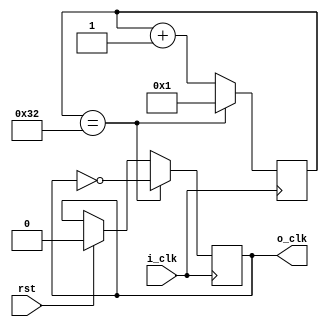
`timescale 1ns / 1ps
//////////////////////////////////////////////////////////////////////////////////
// Company: 
// Engineer: 
// 
// Design Name: 
// Module Name: clock_counter
// Project Name: 
// Target Devices: 
// Tool Versions: 
// Description: 
// 
// Dependencies: 
// 
// Revision:
// Revision 0.01 - File Created
// Additional Comments:
// 
//////////////////////////////////////////////////////////////////////////////////

module clock_counter
    #(
    parameter from = 100, // 100Hz
    parameter to = 1,      // 1Hz
    parameter reverse_clk = 0  //if reverse_clk = 1, then reverse the o_clk
    )(
    input i_clk, rst,
    output wire o_clk
    );
    
    localparam integer countnum = from / to / 2;
    
    reg [31:0] cnt = 1;
    
    reg clk_out = 0;
    
    if (reverse_clk == 0)
        assign o_clk = clk_out;
    else
        assign o_clk = ~clk_out;
    
    always @(posedge i_clk) begin
        if (rst == 1) begin
            cnt <= 1;
            clk_out <= 0;
            end
        
        if (cnt == countnum) begin
            clk_out <= ~clk_out;
            cnt <= 1;
            end
        else
            cnt <= cnt + 1;
    end
endmodule


//module clock_counter
//    #(
//    parameter from = 100, // 100Hz
//    parameter to = 1,      // 1Hz
//    parameter reverse_clk = 0  //if reverse_clk = 1, then reverse the o_clk
//    )(
//    input i_clk, rst,
//    output reg o_clk
//    );
    
//    localparam integer N = from / to;
//    localparam void = 0;
//    localparam integer MSB = MSB_calc(void);
    
//    localparam ZERO = 1 & reverse_clk;
//    localparam ONE = ~(1 & reverse_clk);
//    reg [MSB - 1 : 0] cnt;
    
//    always @(posedge i_clk) begin
//        if(rst || cnt == (N - 1)) cnt <= 0;
//        else cnt <= cnt + 1;
//    end
	 
//	 always @ (posedge i_clk) begin
//        if(rst || cnt <= (N/2 - 1)) o_clk <= ONE;
//        else if(cnt <= (N - 1)) o_clk <= ZERO;
//        else o_clk <= ONE;
//    end
    
////-----------------------------------------------------------    
//    function automatic integer MSB_calc(input redundant);   //?? function input ? ??.
//    integer n;
//    begin   
//        MSB_calc = 0;
//        for(n = N;  n;  n = n/2)        // n = N : copying parameter N to n
//            MSB_calc = MSB_calc + 1; 
//    end
//    endfunction
    
    
//// ---- another way to get MSB of N ----    
////    parameter MSB = N >> 4 ? (N >> 4 ? (N >> 4 ? (N >> 4 ? (N >> 4 ? (N >> 4 ? (N >> 4 ? (N >> 4 ? 
////    36 : 32) : 28) : 24) : 20) : 16) : 12) : 8) : 4;    // Find the maximum possible number of bits up to N < 2**36
//endmodule